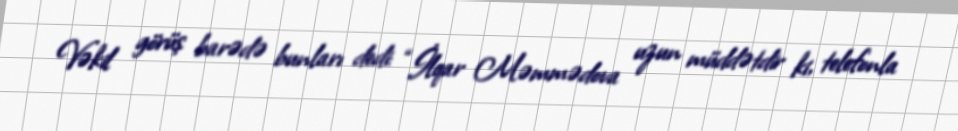
Vəkil görüş barədə bunları dedi: “İlqar Məmmədova uzun müddətdir ki, telefonla